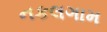
નકલગામ